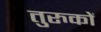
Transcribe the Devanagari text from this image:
तुरुकों